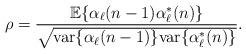
LaTeX: \begin{align*}\rho=\frac{\mathbb{E}\{\alpha_\ell(n-1)\alpha_\ell^*(n)\}}{\sqrt{{\rm var}\{\alpha_\ell(n-1)\}{\rm var}\{\alpha_\ell^*(n)\}}}.\end{align*}